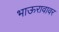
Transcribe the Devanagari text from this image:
भाऊरावावर